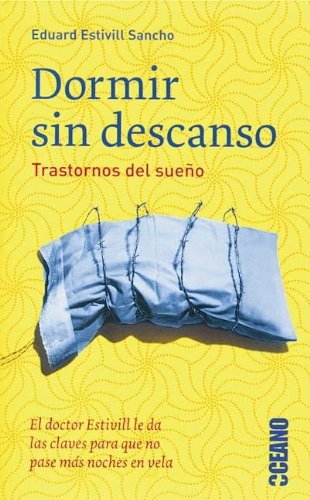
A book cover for Dormir sin descanso: Trastornos del sueno (Spanish Edition); Eduard Estivill Sancho; Travel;